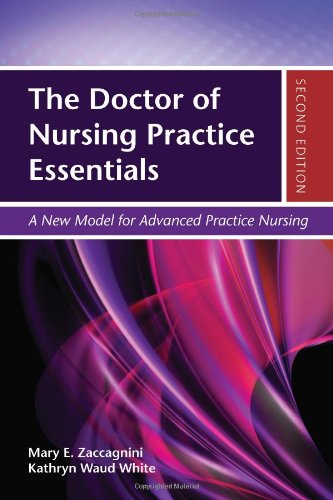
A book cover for The Doctor of Nursing Practice Essentials: A New Model for Advanced Practice Nursing. 2nd Edition; Mary Zaccagnini; Medical Books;